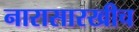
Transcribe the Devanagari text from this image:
नारासारखीच